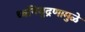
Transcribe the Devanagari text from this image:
ध्वनिमुद्रणामुळे